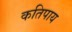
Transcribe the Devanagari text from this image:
कतिपाय